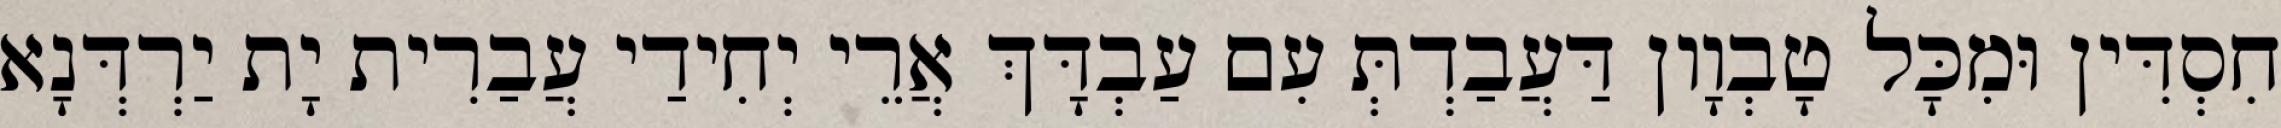
חִסְדִּין וּמִכָּל טָבְוָון דַּעֲבַדְתְּ עִם עַבְדָּךְ אֲרֵי יְחִידַי עֲבַרִית יָת יַרְדְּנָא